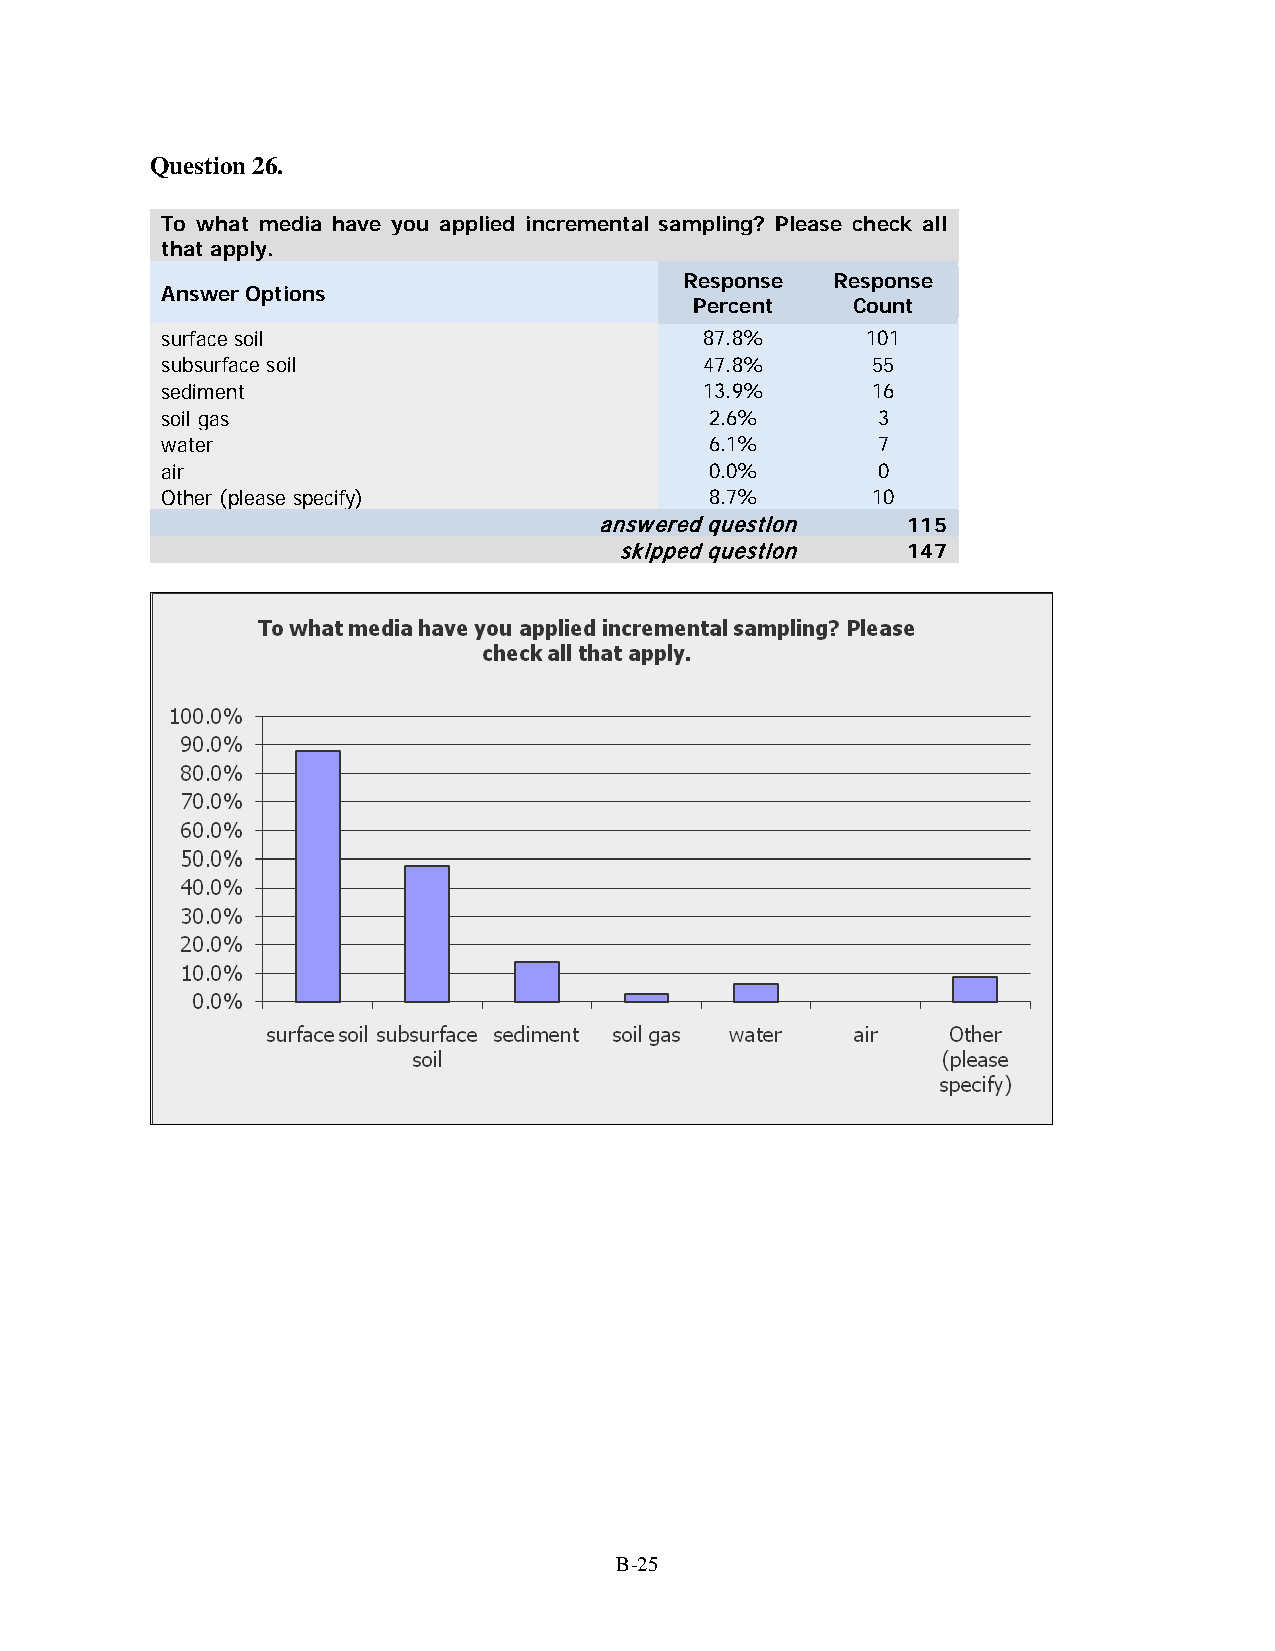
Question 26.
 To what media have you applied incremental sampling? Please check all
 that apply.
 Response  Response
 Answer Options
 Percent   Count
 surface soil                        87.8%     101
 subsurface soil                     47.8%      55
 sediment                            13.9%      16
 soil gas                            2.6%       3
 water                               6.1%       7
 air                                 0.0%       0
 Other (please specify)              8.7%       10
 answered question   115
 skipped question   147
 B-25